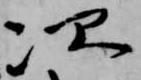
次